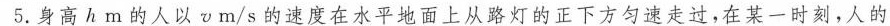
5.身高h m的人以vm/s的速度在水平地面上从路灯的正下方匀速走过，在某一时刻，人的